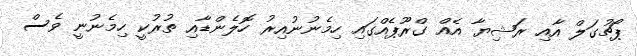
ޕޯޗުގަލް އާއި ރަޝިޔާ އެއް ގްރޫޕެއްގައި ހިމެނުނުއިރު ހޮލެންޑާއި ތުރުކީ ހިމެނުނީ ވެސް